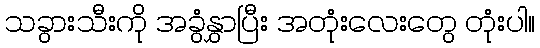
သခွားသီးကို အခွံနွှာပြီး အတုံးလေးတွေ တုံးပါ။